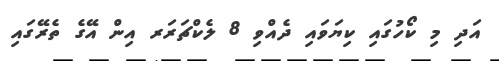
އަދި މި ކޯހުގައި ކިޔަވައި ދެއްވި 8 ލެކްޗަރަރ އިން އޭގެ ތެރޭގައި